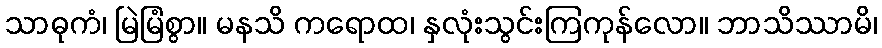
သာဓုကံ၊ မြဲမြံစွာ။ မနသိ ကရောထ၊ နှလုံးသွင်းကြကုန်လော။ ဘာသိဿာမိ၊